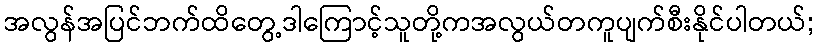
အလွန်အပြင်ဘက်ထိတွေ့ဒါကြောင့်သူတို့ကအလွယ်တကူပျက်စီးနိုင်ပါတယ်;